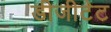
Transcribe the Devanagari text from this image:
डीजीटेट